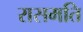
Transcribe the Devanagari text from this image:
रासमति